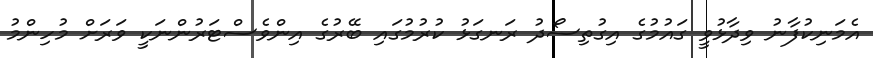
އެމަނިކުފާނު ވިދާޅުވީ ގައުމުގެ އިގުތިސޯދު ރަނގަޅު ކުރުމުގައި ބޭރުގެ އިންވެސްޓަރުންނަކީ ވަރަށް މުހިންމު